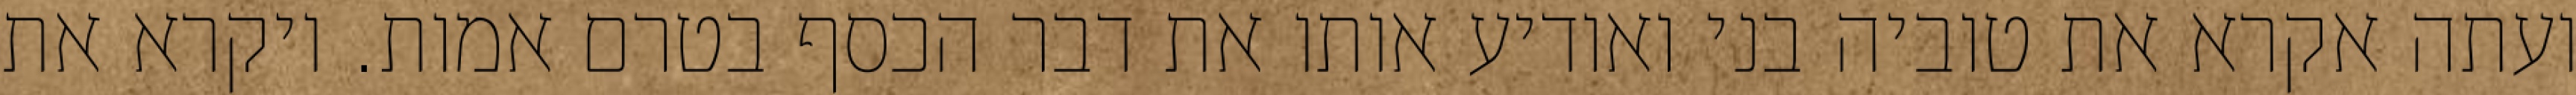
ועתה אקרא את טוביה בני ואודיע אותו את דבר הכסף בטרם אמות. ויקרא את